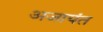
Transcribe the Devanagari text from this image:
अजायंत